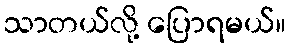
သာတယ်လို့ ပြောရမယ်။